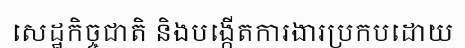
សេដ្ឋកិច្ចជាតិ និងបង្កើតការងារប្រកបដោយ